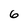
Character: 6